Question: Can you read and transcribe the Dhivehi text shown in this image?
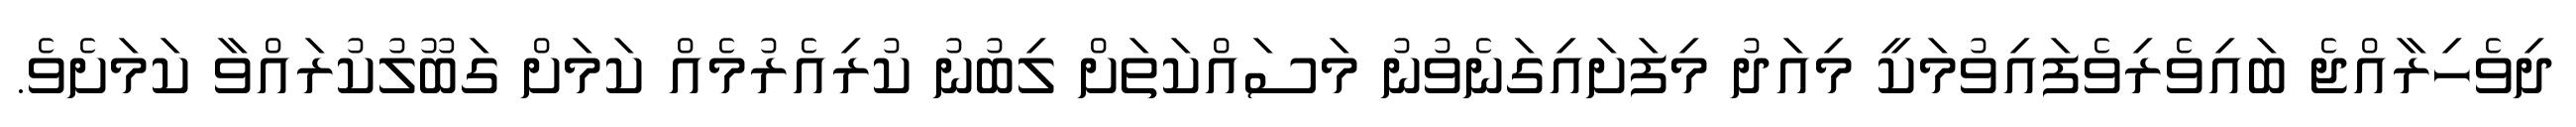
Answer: ދިވެހިރާއްޖެ ބައިވެރިވެފައިވުމަކީ މިއަދު މިފަށައިގަނެވުނު މަސައްކަތަށް ލިބުނު ކުރިއެރުމެއް ކަމަށް ގަބޫލުކުރައްވާ ކަމަށެވެ.